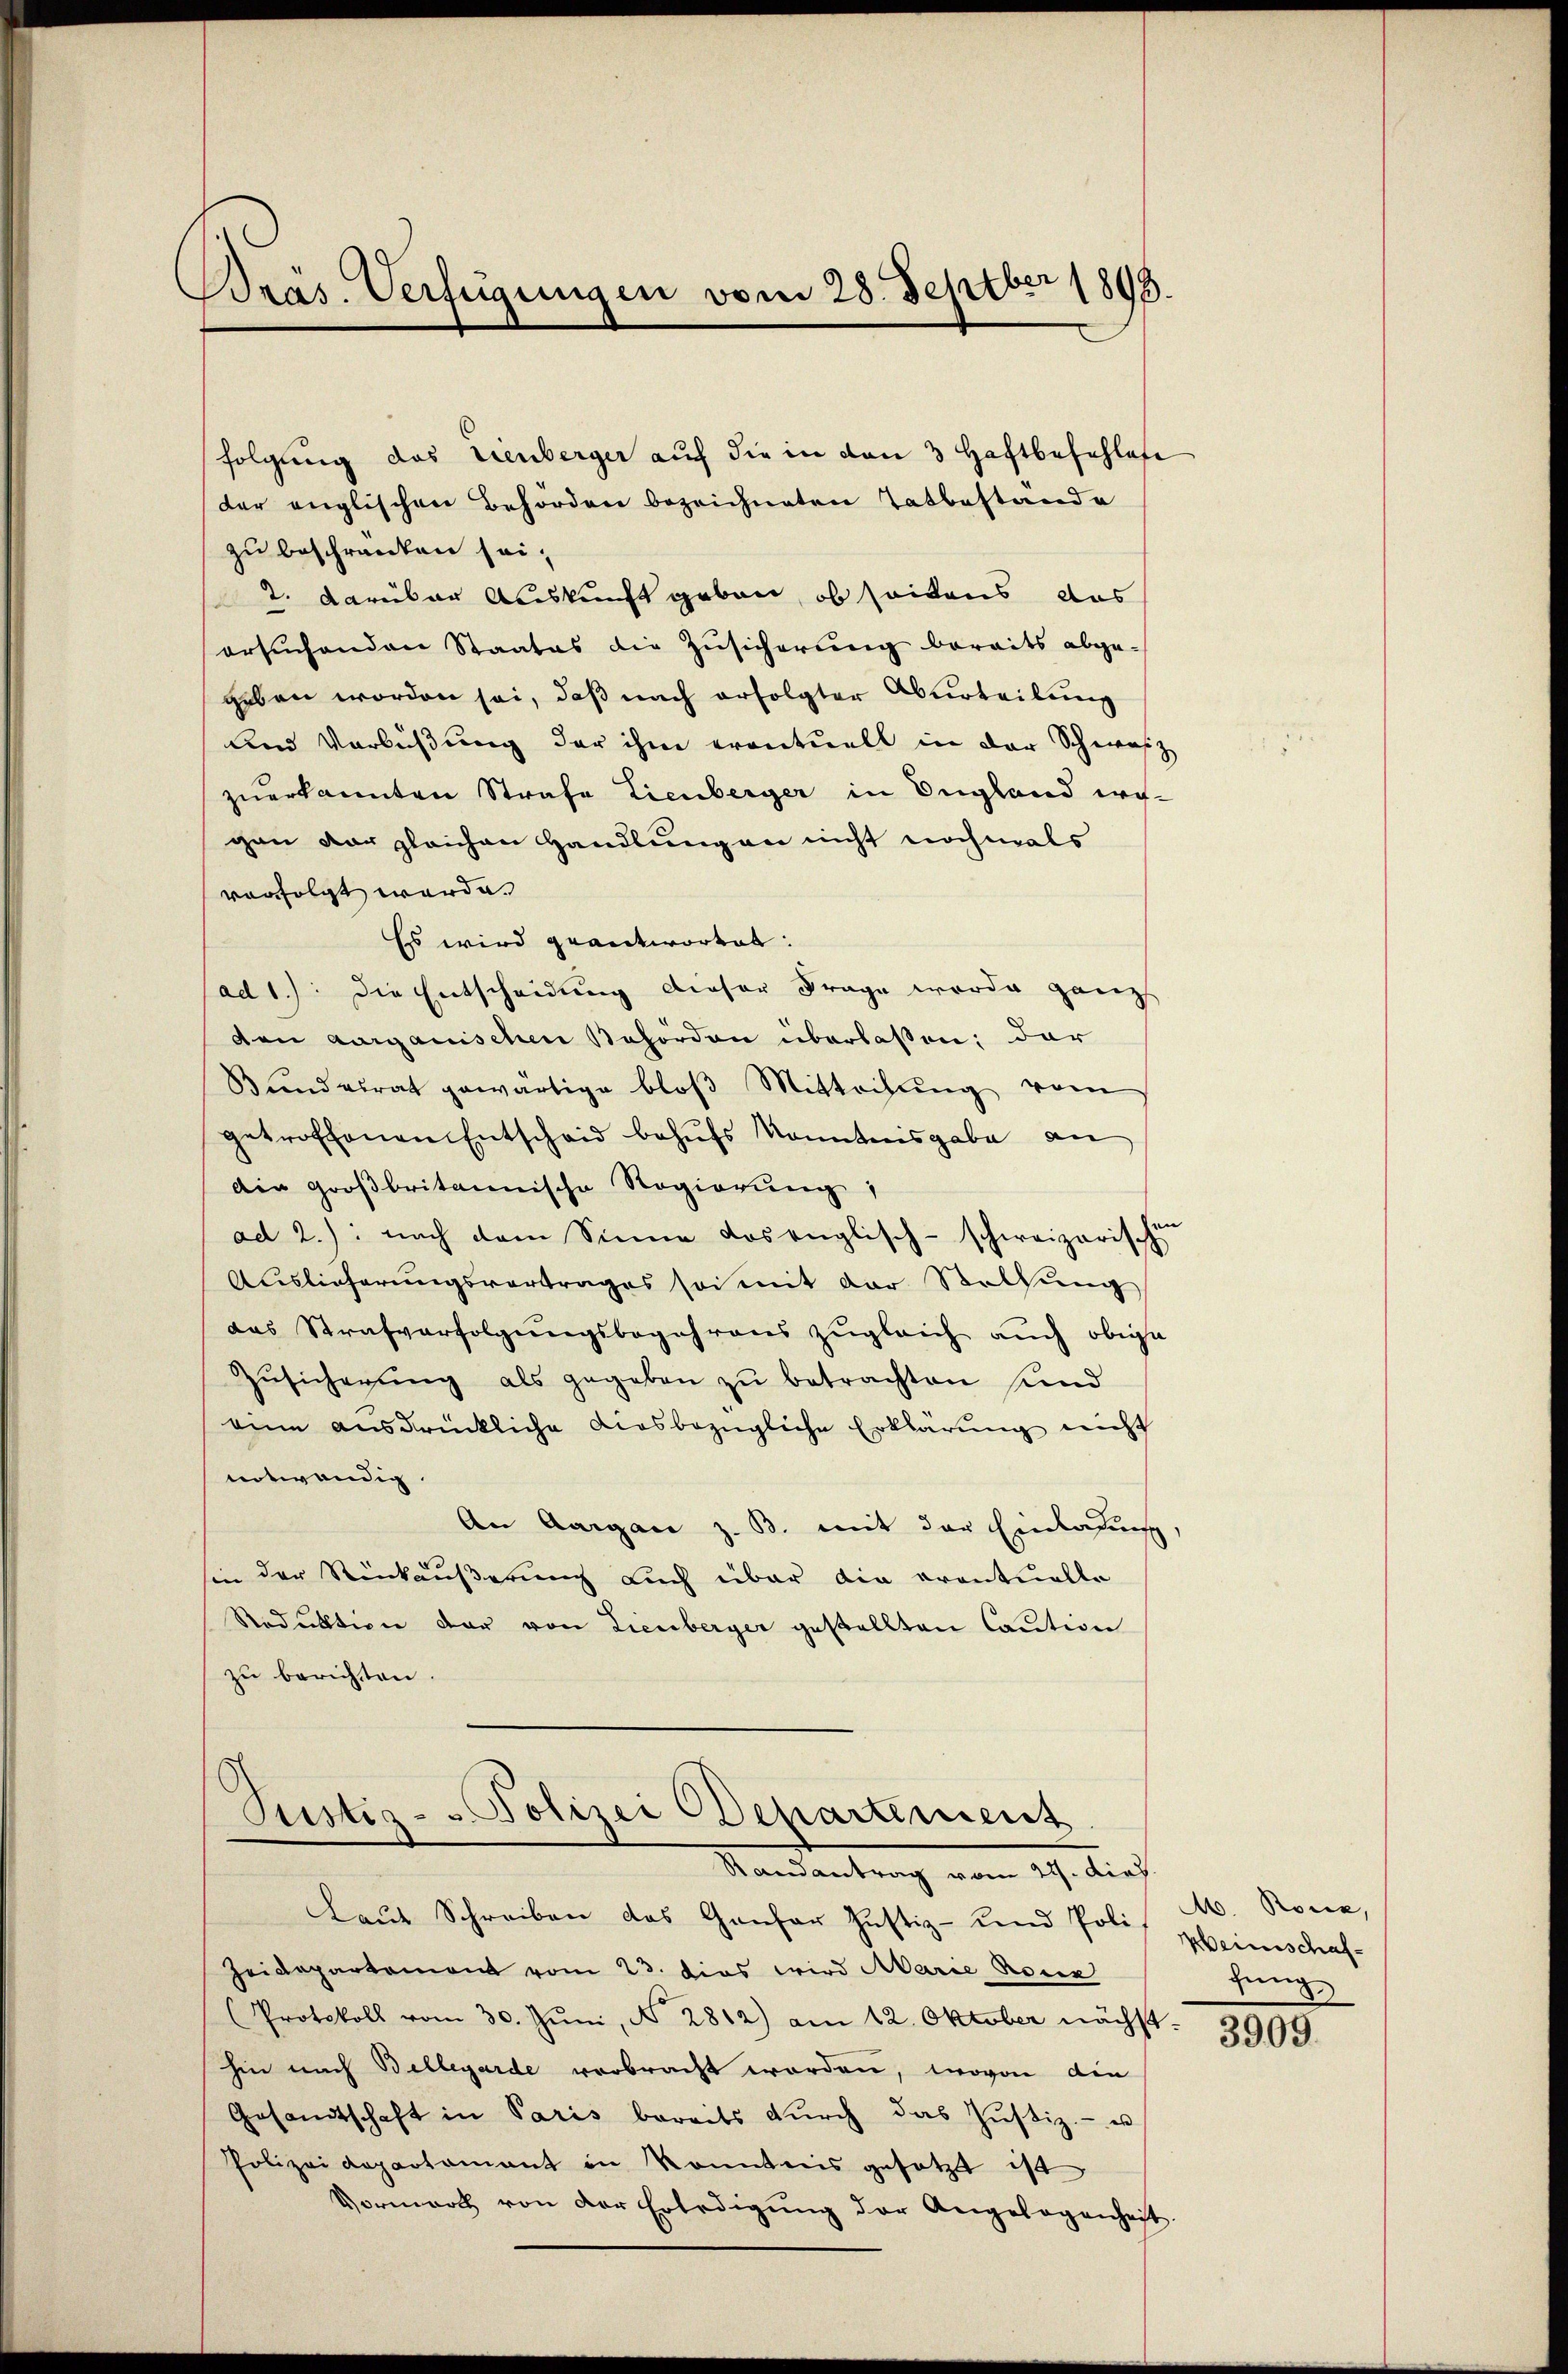
Dräs. Verfügungen vom 28. Septber 1893.

zu beschränken sei.
2. Darüber Auskunft geben, ob seitens das
ersŭchenden Staates die Zŭsicherung bereits abge-
geben worden sei, daß nach erfolgter Aburteilung
Und Verbüßung der ihm eventuell in der Schwarz
zuerkannten Strafe Lienberger in England wogan der gleichen Handlung an nicht nochmals
verfolgt werde.
Es wird geantwortet:
ad 1.) Die Entscheidung dieser Frage worde ganz
den aargauischen Behörden überlassen; dar
Bundesrat gewärtige bloβ Mittachŭng vom
getroffenen Entscheid behufs Kenntnisgabe an
Ain großbritannische Regierung
ad 2.): nach dem Sinne dos englisch-schweizerische
Auslieferungsvertrages sei mit der Stellŭng
das Strafverfolgungsbegehrens zugleich auch obige
Zŭsicherŭng als gegeben zŭ betrachten und
eine ausdrückliche diesbezügliche Erklärung nicht
notwendig
An Aargau z. B. mit der Einladung
in der Rückäußerung auch über die eventuelle
Reduktion der von Lienberger gestellten Caution
zu berichten.
Justiz- & Polizei Departement
Randantrag vom 21. dies
laŭt Schreiben das Ganfer Justiz- und Poli
Heidepartement vom 23. dies wird Marie Rosen
Protokoll vom 30. Jŭni, N. 2812) am 12. Oktober nächst. 3909.
hin nach Bellegarde verbracht worden, wovon die
Gesandtschaft in Paris bereits dŭrch das Jŭstiz- u
Polizeidepartamant in konntnis gesetzt ist
Vormark von der Erledigŭng der Angelegenheit

folgung das Lienberger auf die in den 3 Haftbeschlafe
der englischen Behörden bezeichneten Tatbestande

M. Rone,
Weinschafzung